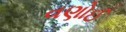
વણોઈ